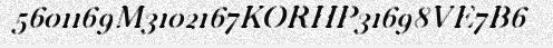
5601169M3102167KORHP31698VE7B6